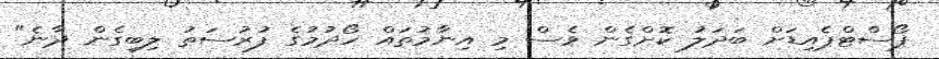
ޕޯސްޓްޕެއިޑަށް ބަދަލު ކޮށްގެން ވެސް މި އިނާމުތައް ހޯދުމުގެ ފުރުސަތު ލިބިގެން ދާނެ"